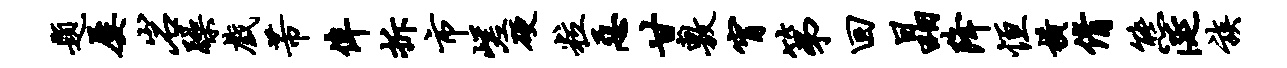
题屡岩躁戏芾侔拆市嵯硬粒恶甘敷宵第回晶降恒横倩熊涎族